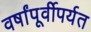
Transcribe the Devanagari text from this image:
वर्षांपूर्वीपर्यत